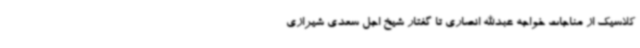
کلاسیک از مناجات خواجه عبدالله انصاری تا گفتار شیخ اجل سعدی شیرازی